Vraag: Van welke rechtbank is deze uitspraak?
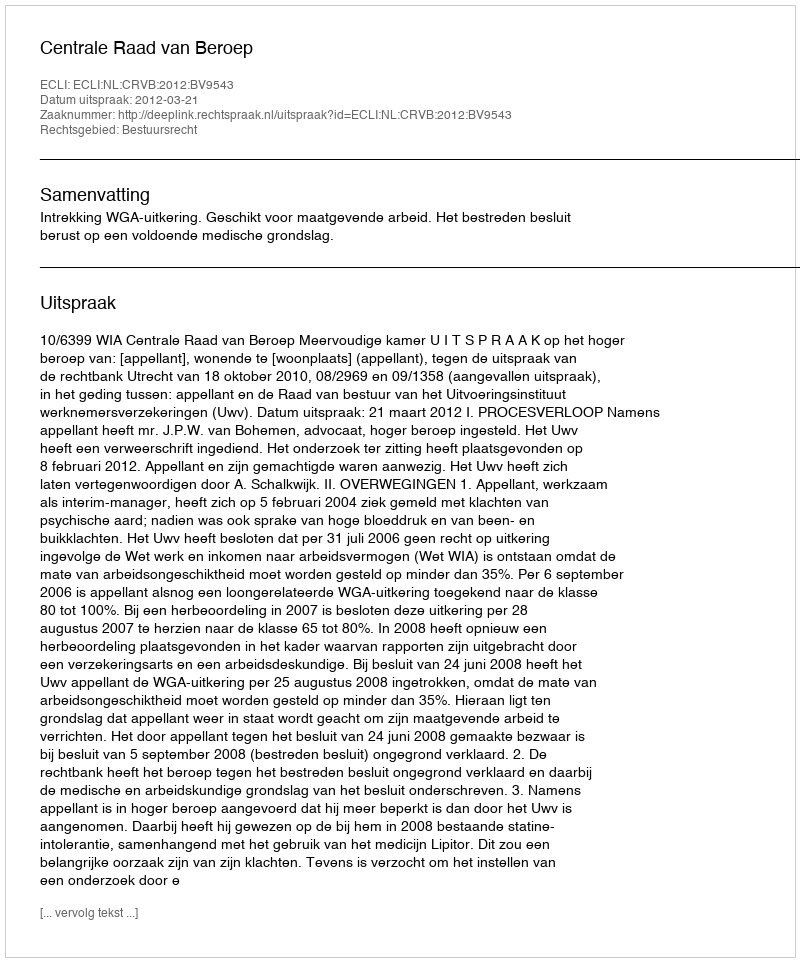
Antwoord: Centrale Raad van Beroep